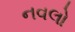
નવલો